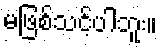
မဖြစ်သင့်ပါဘူး။